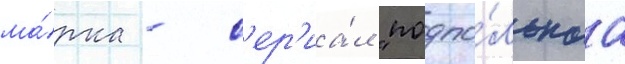
ма́рка - с'ер'иа́л "подпо́льнаа